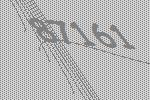
87161